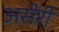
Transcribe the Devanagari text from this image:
असेरी